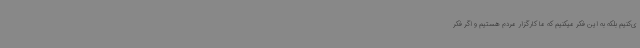
ی‌کنیم بلکه به این فکر میکنیم که ما کارگزار مردم هستیم و اگر فکر